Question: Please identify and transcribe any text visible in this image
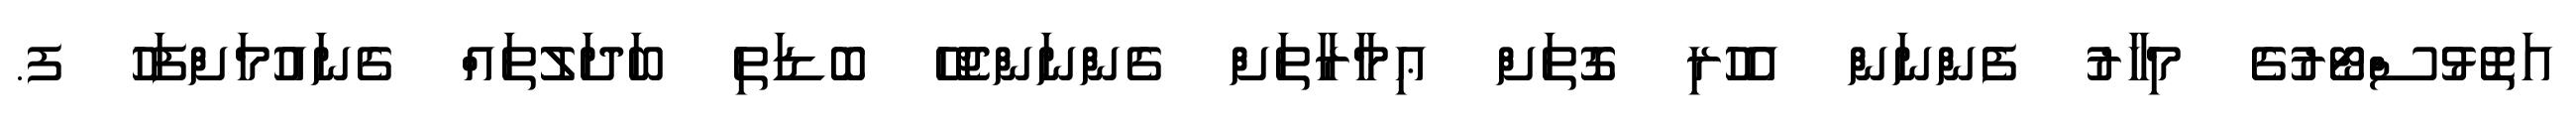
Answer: އަތޮޅުސްޓޯރުގެ މިހާރު ފެންނަން އެހުރި ގޮތަށް ޢިމާރާތަށް ގެންނަންޖެހޭ ބޮޑަތި ބަދަލުތައް ގެނައުމަށްފަހު ފ.